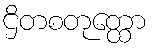
ဌိတစတုတ္ထော